Language: tamil
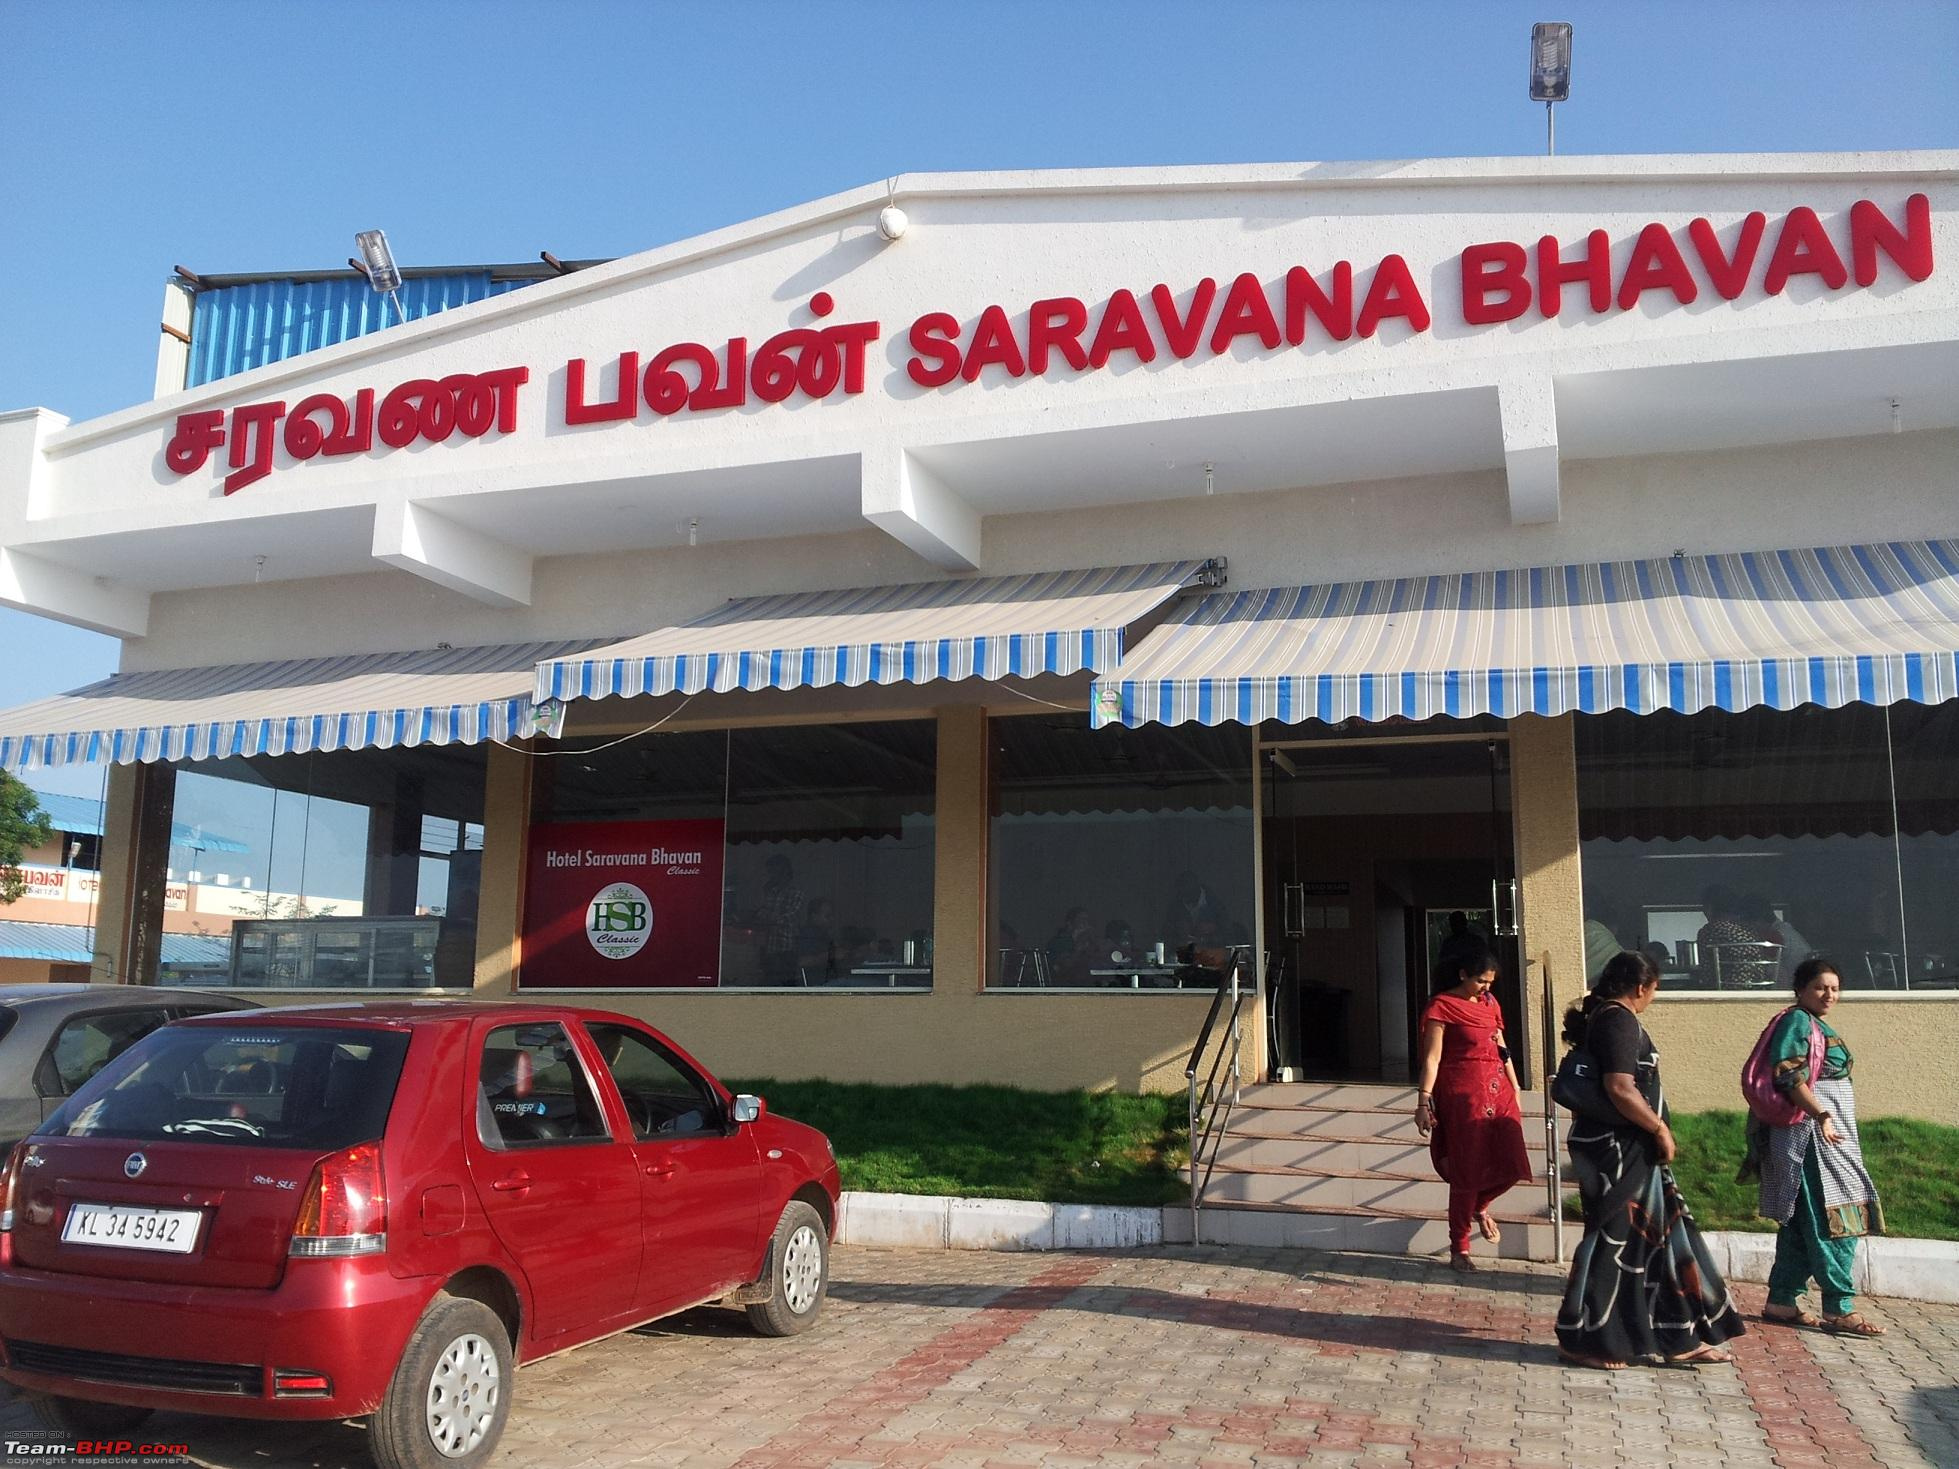
Transcription: சரவண பவன்